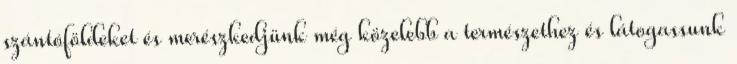
szántóföldeket és merészkedjünk még közelebb a természethez és látogassunk